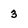
Character: 3